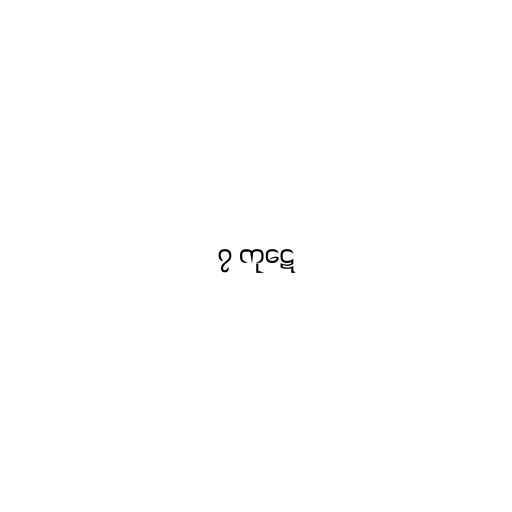
၇ ကုဋေ